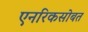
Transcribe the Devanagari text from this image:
एनरिकसोबत